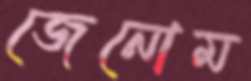
জেনোম